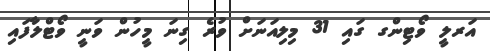
އަރލީ ވޯޓިންގ ގައި 31 މިލިއަނަށް ވުރެ ގިނަ މީހުން ވަނީ ވޯޓްލާފައި